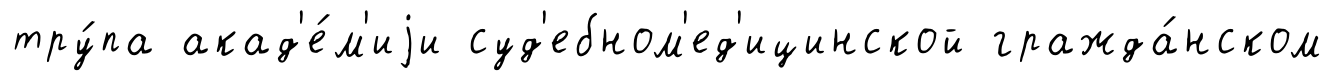
тру́па акад'е́м'иjи суд'ебном'ед'ицинской гражда́нском